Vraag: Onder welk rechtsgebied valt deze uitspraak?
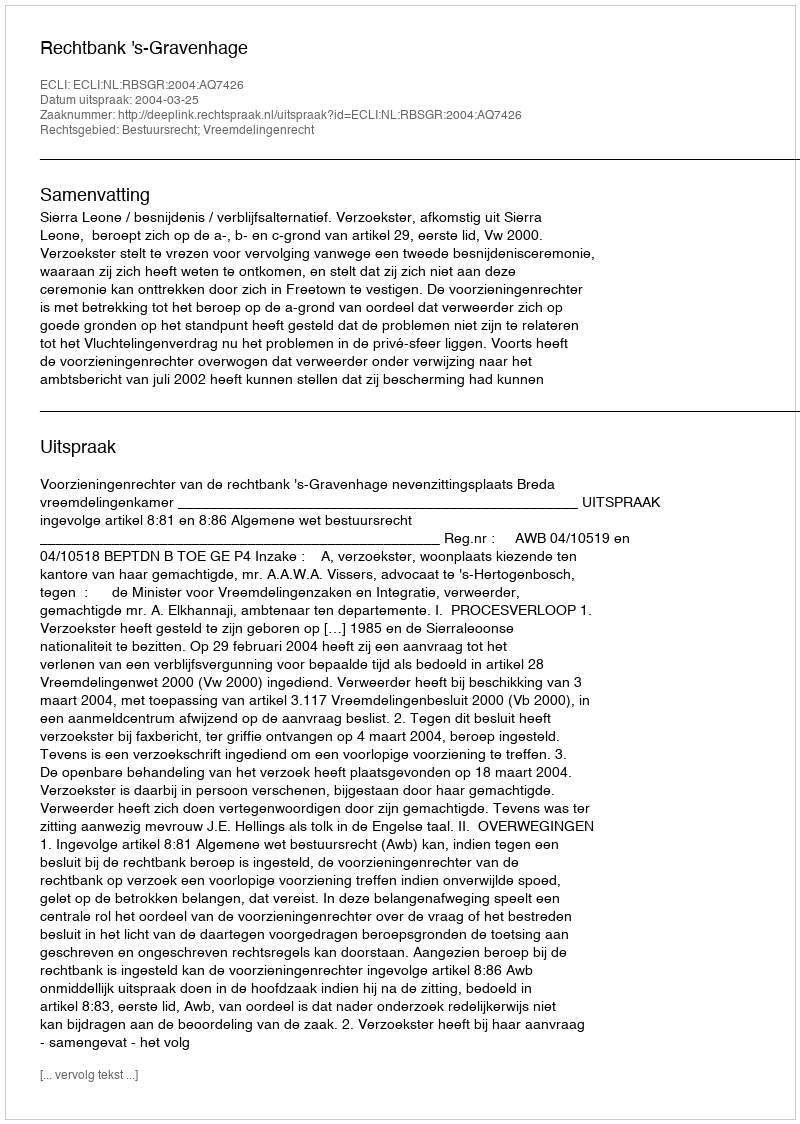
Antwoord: Bestuursrecht; Vreemdelingenrecht